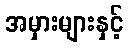
အမှားများနှင့်